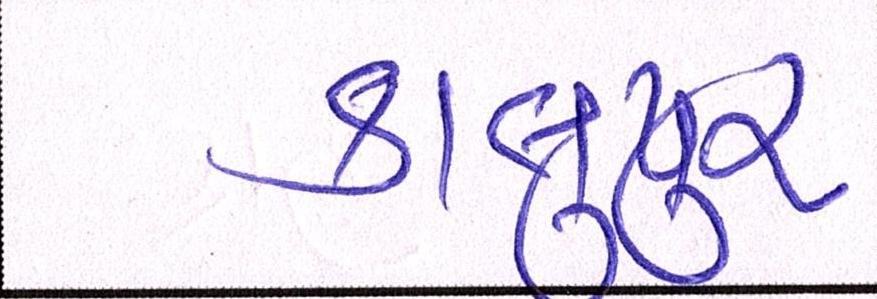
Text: કાલુપુર